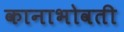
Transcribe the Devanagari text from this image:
कानाभोवती